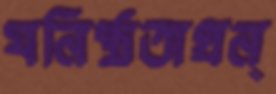
ঘনিষ্ঠতাগ্রন্